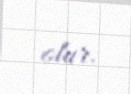
olur.